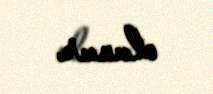
olunur.